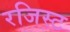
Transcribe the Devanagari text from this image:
रजिस्ट